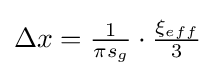
\Delta x={\tfrac {1}{\pi s_{g}}}\cdot {\tfrac {\xi _{eff}}{3}}